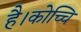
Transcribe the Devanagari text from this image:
है।कोच्चि